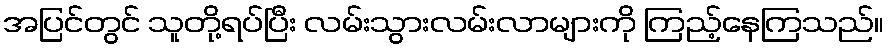
အပြင်တွင် သူတို့ရပ်ပြီး လမ်းသွားလမ်းလာများကို ကြည့်နေကြသည်။